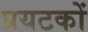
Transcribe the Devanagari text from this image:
प्रयटकों